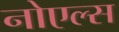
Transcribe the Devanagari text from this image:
नोएल्स